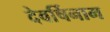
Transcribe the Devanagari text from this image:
देवर्षिनाम